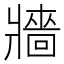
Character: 牆